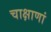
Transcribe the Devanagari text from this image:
चाक्षाणां